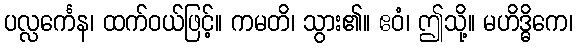
ပလ္လင်္ကေန၊ ထက်ဝယ်ဖြင့်။ ကမတိ၊ သွား၏။ ဧဝံ၊ ဤသို့။ မဟိဒ္ဓိကေ၊